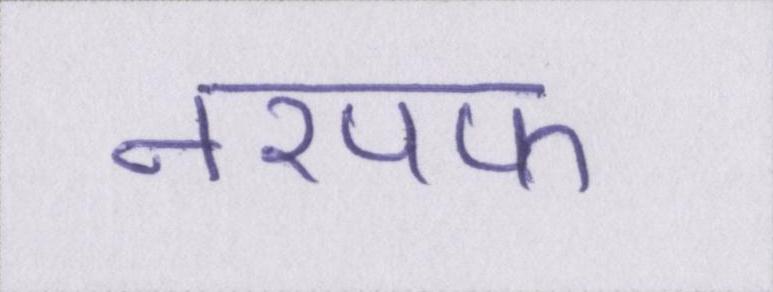
तरपफ